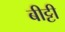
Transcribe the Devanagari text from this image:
बीट्टी